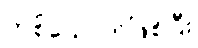
တစ်ယောက်ဖြစ်ပြီး